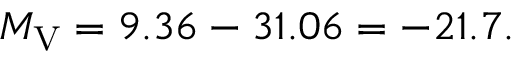
M _ { \mathrm { V } } = 9 . 3 6 - 3 1 . 0 6 = - 2 1 . 7 .